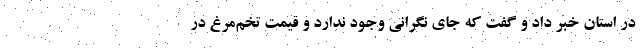
در استان خبر داد و گفت که جای نگرانی وجود ندارد و قیمت تخم‌مرغ در